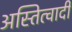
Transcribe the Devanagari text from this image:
अस्तित्वादी